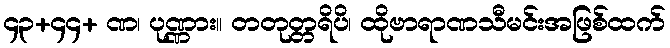
၄၃+၄၄+ ဏ၊ ပုဏ္ဏား။ တတုတ္တရိပိ၊ ထိုဗာရာဏသီမင်းအဖြစ်ထက်